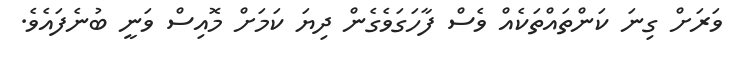
ވަރަށް ގިނަ ކަންތައްތަކެއް ވެސް ފާހަގަވެގެން ދިޔަ ކަމަށް މޮއިސް ވަނީ ބުނެފައެވެ.